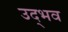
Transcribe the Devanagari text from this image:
उद्‌भव